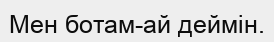
Мен ботам-ай деймін.